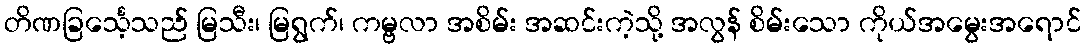
တိဏခြင်္သေ့သည် မြသီး၊ မြရွက်၊ ကမ္ဗလာ အစိမ်း အဆင်းကဲ့သို့ အလွန် စိမ်းသော ကိုယ်အမွေးအရောင်